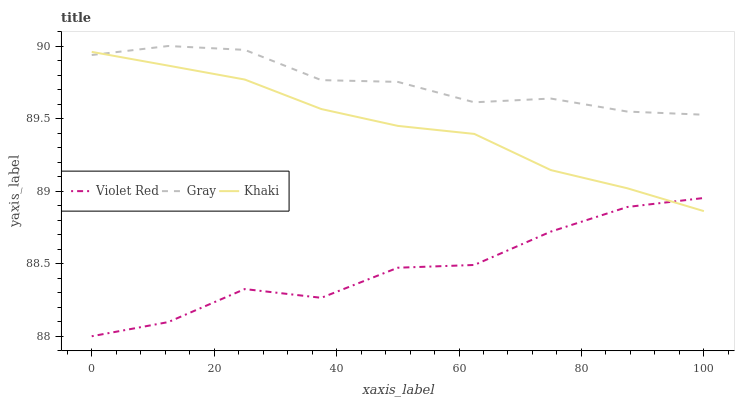
| xaxis_label | Violet Red | Gray | Khaki |
 | --- | --- | --- | --- |
 | 0 | 88 | 89.9 | 90 |
 | 12.5 | 88.1 | 90 | 89.9 |
 | 25 | 88.3 | 90 | 89.8 |
 | 37.5 | 88.3 | 89.8 | 89.6 |
 | 50 | 88.5 | 89.8 | 89.4 |
 | 62.5 | 88.5 | 89.6 | 89.4 |
 | 75 | 88.7 | 89.6 | 89.1 |
 | 87.5 | 88.9 | 89.5 | 89 |
 | 100 | 89 | 89.5 | 88.9 |